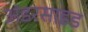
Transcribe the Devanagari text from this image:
अंडरसाइड